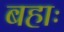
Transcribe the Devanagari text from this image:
बहाः